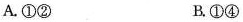
A.①② B.①④